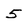
Character: 5